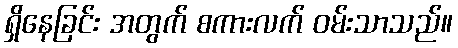
ရှိနေခြင်း အတွက် စကားလက် ဝမ်းသာသည်။